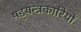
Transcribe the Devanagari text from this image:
षड्‍यन्त्रकारियों